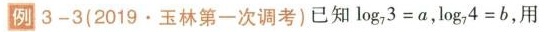
例3-3（2019·玉林第一次调考）已经log_{7}3=a,log_{7}4=b,用